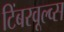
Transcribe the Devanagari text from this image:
टिंबरवूल्व्स